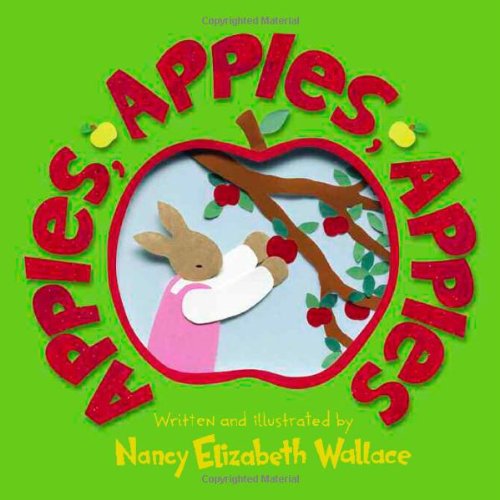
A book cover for Apples, Apples, Apples; Nancy Elizabeth Wallace; Children's Books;